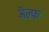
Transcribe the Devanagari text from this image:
अॅल्फ